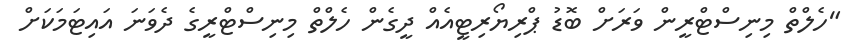
"ހެލްތް މިނިސްޓްރީން ވަރަށް ބޮޑު ޕްރިޔޯރިޓީއެއް ދީގެން ހެލްތް މިނިސްޓްރީގެ ދެވަނަ އައިޓަމަކަށް